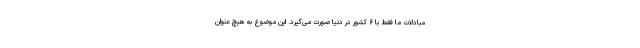
مبادلات ما فقط با ۶ کشور در دنیا صورت می‌گیرد. این موضوع به هیچ عنوان